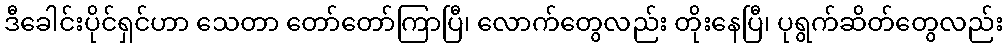
ဒီခေါင်းပိုင်ရှင်ဟာ သေတာ တော်တော်ကြာပြီ၊ လောက်တွေလည်း တိုးနေပြီ၊ ပုရွက်ဆိတ်တွေလည်း